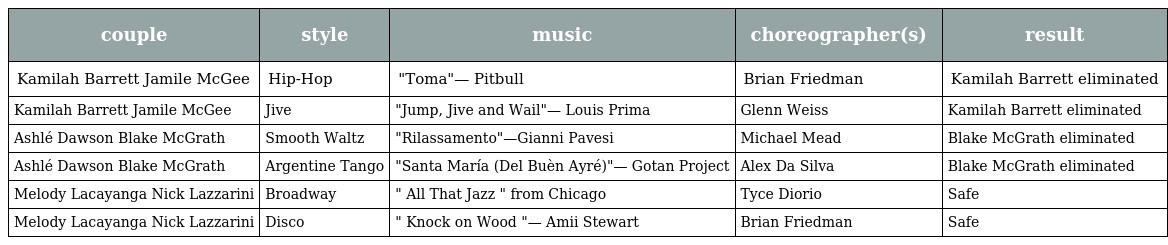
| couple | style | music | choreographer(s) | result |
 | --- | --- | --- | --- | --- |
 | Kamilah Barrett Jamile McGee | Hip-Hop | "Toma"— Pitbull | Brian Friedman | Kamilah Barrett eliminated |
 | Kamilah Barrett Jamile McGee | Jive | "Jump, Jive and Wail"— Louis Prima | Glenn Weiss | Kamilah Barrett eliminated |
 | Ashlé Dawson Blake McGrath | Smooth Waltz | "Rilassamento"—Gianni Pavesi | Michael Mead | Blake McGrath eliminated |
 | Ashlé Dawson Blake McGrath | Argentine Tango | "Santa María (Del Buèn Ayré)"— Gotan Project | Alex Da Silva | Blake McGrath eliminated |
 | Melody Lacayanga Nick Lazzarini | Broadway | " All That Jazz " from Chicago | Tyce Diorio | Safe |
 | Melody Lacayanga Nick Lazzarini | Disco | " Knock on Wood "— Amii Stewart | Brian Friedman | Safe |